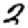
Digit: 2